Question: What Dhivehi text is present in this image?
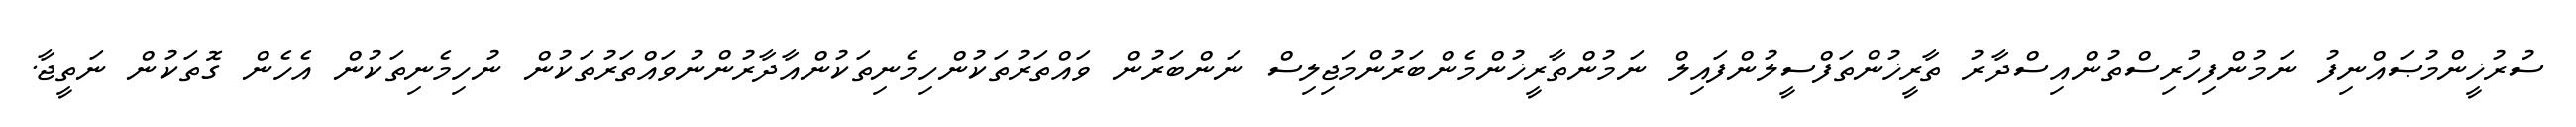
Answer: ސުރުޚީންމުޞައްނިފު ނަމުންފިހުރިސްތުންއިސްދާރު ތާރީޚުންތަފްސީލުންފައިލް ނަމުންތާރީޚުންމެންބަރުންމަޖިލިސް ނަންބަރުން ވައްތަރުތަކުންހިމެނިތަކުންއާދާރުންނުވައްތަރުތަކުން ނުހިމެނިތަކުން އެހެން ގޮތަކުން ނަތީޖާ.